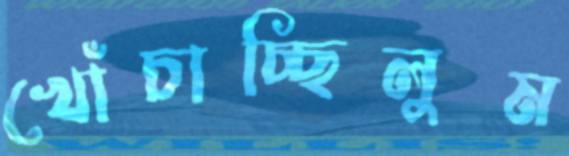
খোঁচাচ্ছিলুম